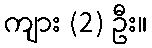
ကျား (2) ဦး။